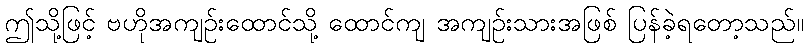
ဤသို့ဖြင့် ဗဟိုအကျဉ်းထောင်သို့ ထောင်ကျ အကျဉ်းသားအဖြစ် ပြန်ခဲ့ရတော့သည်။